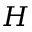
H